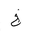
Letter: _kha